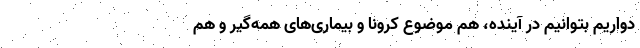
دواریم بتوانیم در آینده، هم موضوع کرونا و بیماری‌های همه‌گیر و هم